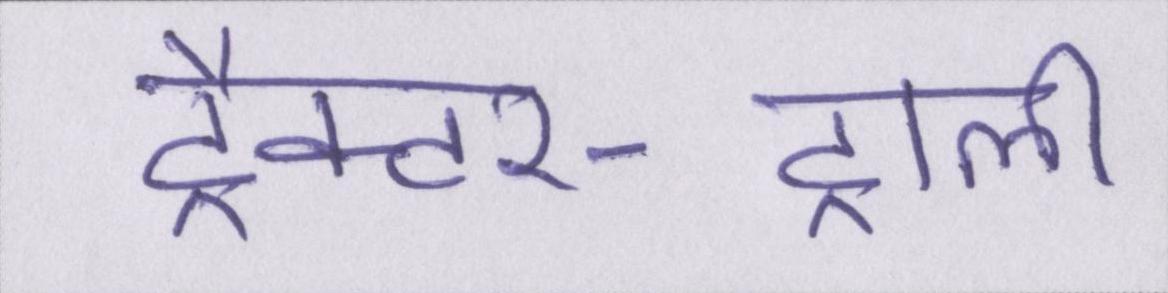
ट्रैक्टर-ट्राली